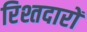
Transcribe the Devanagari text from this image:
रिश्तदारों